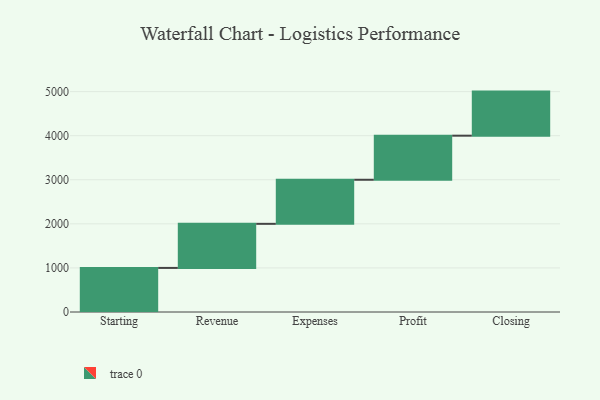
{"axis": {"x": "Step", "y": "Value"}, "legend": [""], "data": [{"x": "Starting", "y": 1000, "type": ""}, {"x": "Revenue", "y": 1000, "type": ""}, {"x": "Expenses", "y": 1000, "type": ""}, {"x": "Profit", "y": 1000, "type": ""}, {"x": "Closing", "y": 1000, "type": ""}]}